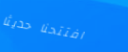
افتتحنا حديثاً